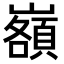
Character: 𡾆